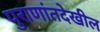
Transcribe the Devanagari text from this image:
पुराणांतदेखील